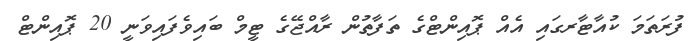
ފުރަތަމަ ކުއާޓާރގައި އެއް ޕޮއިންޓްގެ ތަފާތުން ރާއްޖޭގެ ޓީމް ބައިވެފައިވަނީ 20 ޕޮއިންޓް